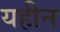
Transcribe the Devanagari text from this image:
यहीन